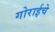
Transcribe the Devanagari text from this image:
गोराईचे